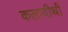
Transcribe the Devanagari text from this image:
कलावीथी